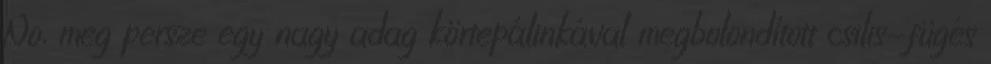
No, meg persze egy nagy adag körtepálinkával megbolondított csilis-fügés